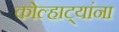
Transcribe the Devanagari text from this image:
कोल्हाट्यांना